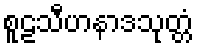
စူဠသီဟနာဒသုတ္တံ